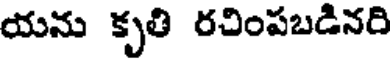
యను కృతి రచింపబడినరి